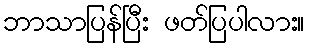
ဘာသာပြန်ပြီး ဖတ်ပြပါလား။